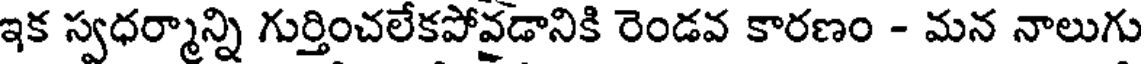
ఇక స్వధర్మాన్ని గుర్తించలేకపోవడానికి రెండవ కారణం - మన నాలుగు